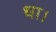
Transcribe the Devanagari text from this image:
धा।